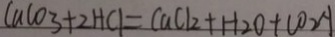
C a C O _ { 3 } + 2 H C l = C a C l _ { 2 } + H _ { 2 } O + C O _ { 2 } A